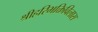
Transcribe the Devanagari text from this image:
श्रीहरिभक्तिविलास